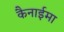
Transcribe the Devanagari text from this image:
कैनाईमा